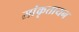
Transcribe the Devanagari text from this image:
सांकृतायन